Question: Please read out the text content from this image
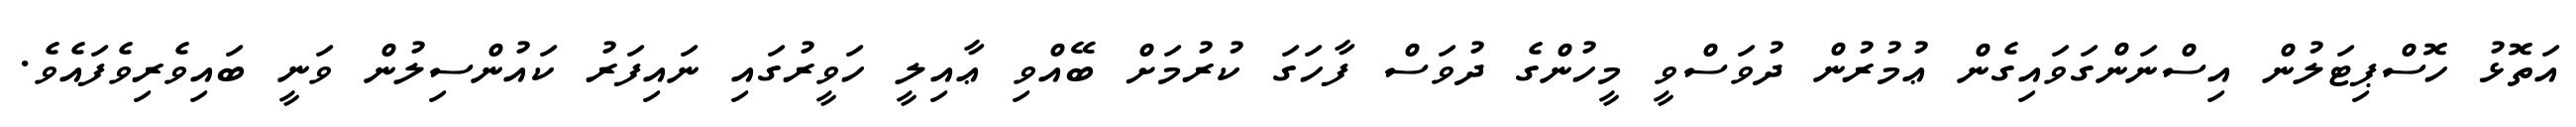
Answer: އަތޮޅު ހޮސްޕިޓަލުން އިސްނަންގަވައިގެން ޢުމުރުން ދުވަސްވީ މީހުންގެ ދުވަސް ފާހަގަ ކުރުމަށް ބޭއްވި ޢާއިލީ ހަވީރުގައި ނައިފަރު ކައުންސިލުން ވަނީ ބައިވެރިވެފައެވެ.